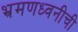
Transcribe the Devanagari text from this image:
भ्रमणध्वनीची